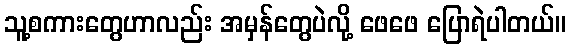
သူ့စကားတွေဟာလည်း အမှန်တွေပဲလို့ ဖေဖေ ပြောရဲပါတယ်။